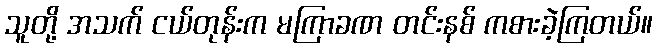
သူတို့ အသက် ငယ်တုန်းက မကြာခဏ တင်းနစ် ကစားခဲ့ကြတယ်။